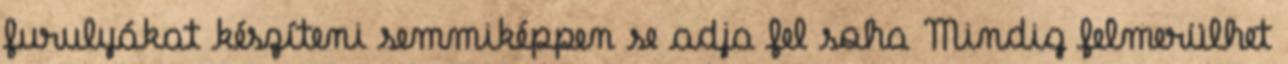
furulyákat készíteni semmiképpen se adja fel soha Mindig felmerülhet